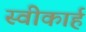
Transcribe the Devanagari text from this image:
स्वीकार्ह